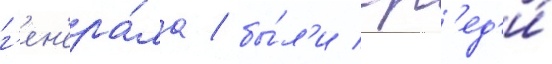
г'ен'ера́ла / бы́л'и ср'ед'и́